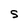
Character: S